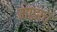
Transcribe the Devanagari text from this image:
माझच